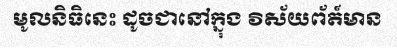
មូលនិធិនេះ ដូចជានៅក្នុង វិស័យព័ត៍មាន